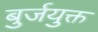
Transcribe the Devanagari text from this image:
बुर्जयुक्त